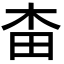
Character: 𣐭